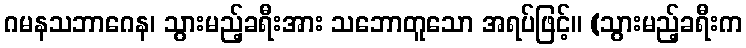
ဂမနသဘာဂေန၊ သွားမည့်ခရီးအား သဘောတူသော အရပ်ဖြင့်။ (သွားမည့်ခရီးက